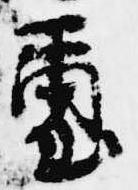
璽